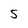
Character: 5